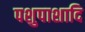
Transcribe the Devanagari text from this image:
पशुपाशादि